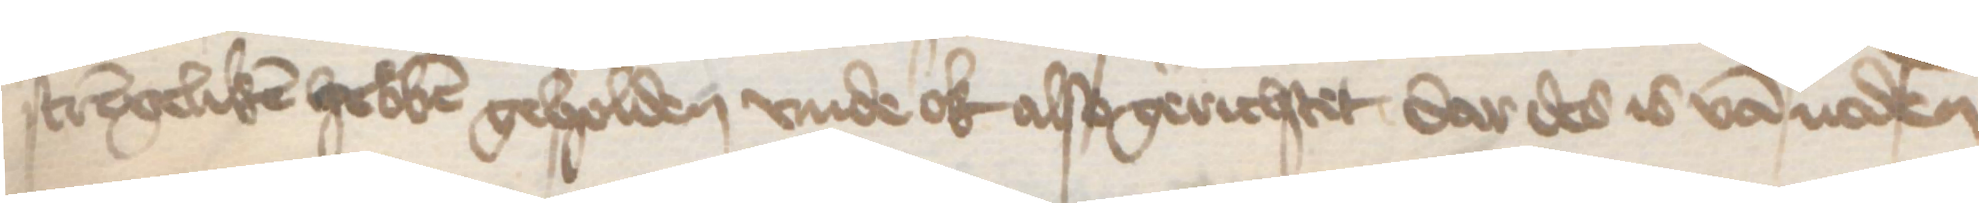
strengeliken hebben geholden vnde ok also gerichtet dar des is van noden